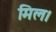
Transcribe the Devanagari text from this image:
मिल।